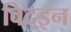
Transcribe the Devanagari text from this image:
विदइन